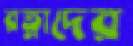
রত্নাদের